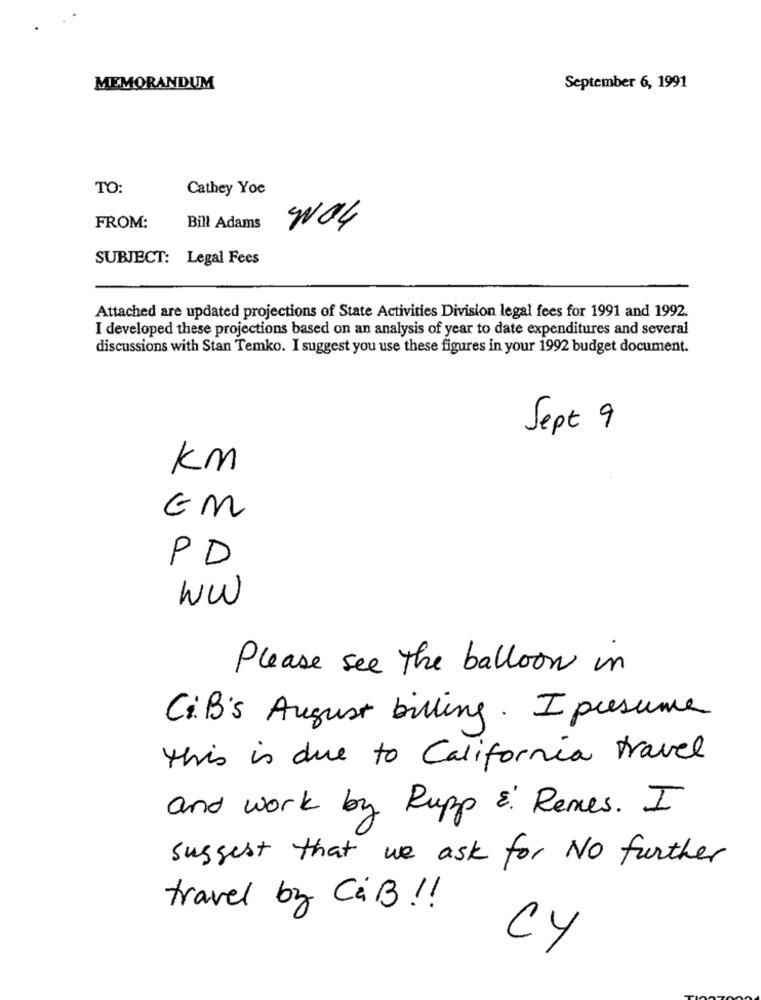
MEMORANDUM
September 6, 1991
TO:
Cathey Yoe
FROM:
Bill Adams
NO4
SUBJECT: Legal Fees
Attached are updated projections of State Activities Division legal fees for 1991 and 1992.
I developed these projections based on an analysis of year to date expenditures and several
discussions with Stan Temko. I suggest you use these figures in your 1992 budget document.
Sept 9
Km
EM
PD
WW
Please see the balloon in
Ci.B's August billing. I presume
this is due to California travel
and work by Rupp & Renes. I
suggest that we ask for No further
travel by C&B ! !
CY